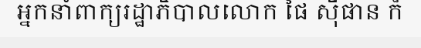
អ្នកនាំពាក្យរដ្ឋាភិបាលលោក ផៃ ស៊ីផាន ក៏